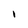
Character: i